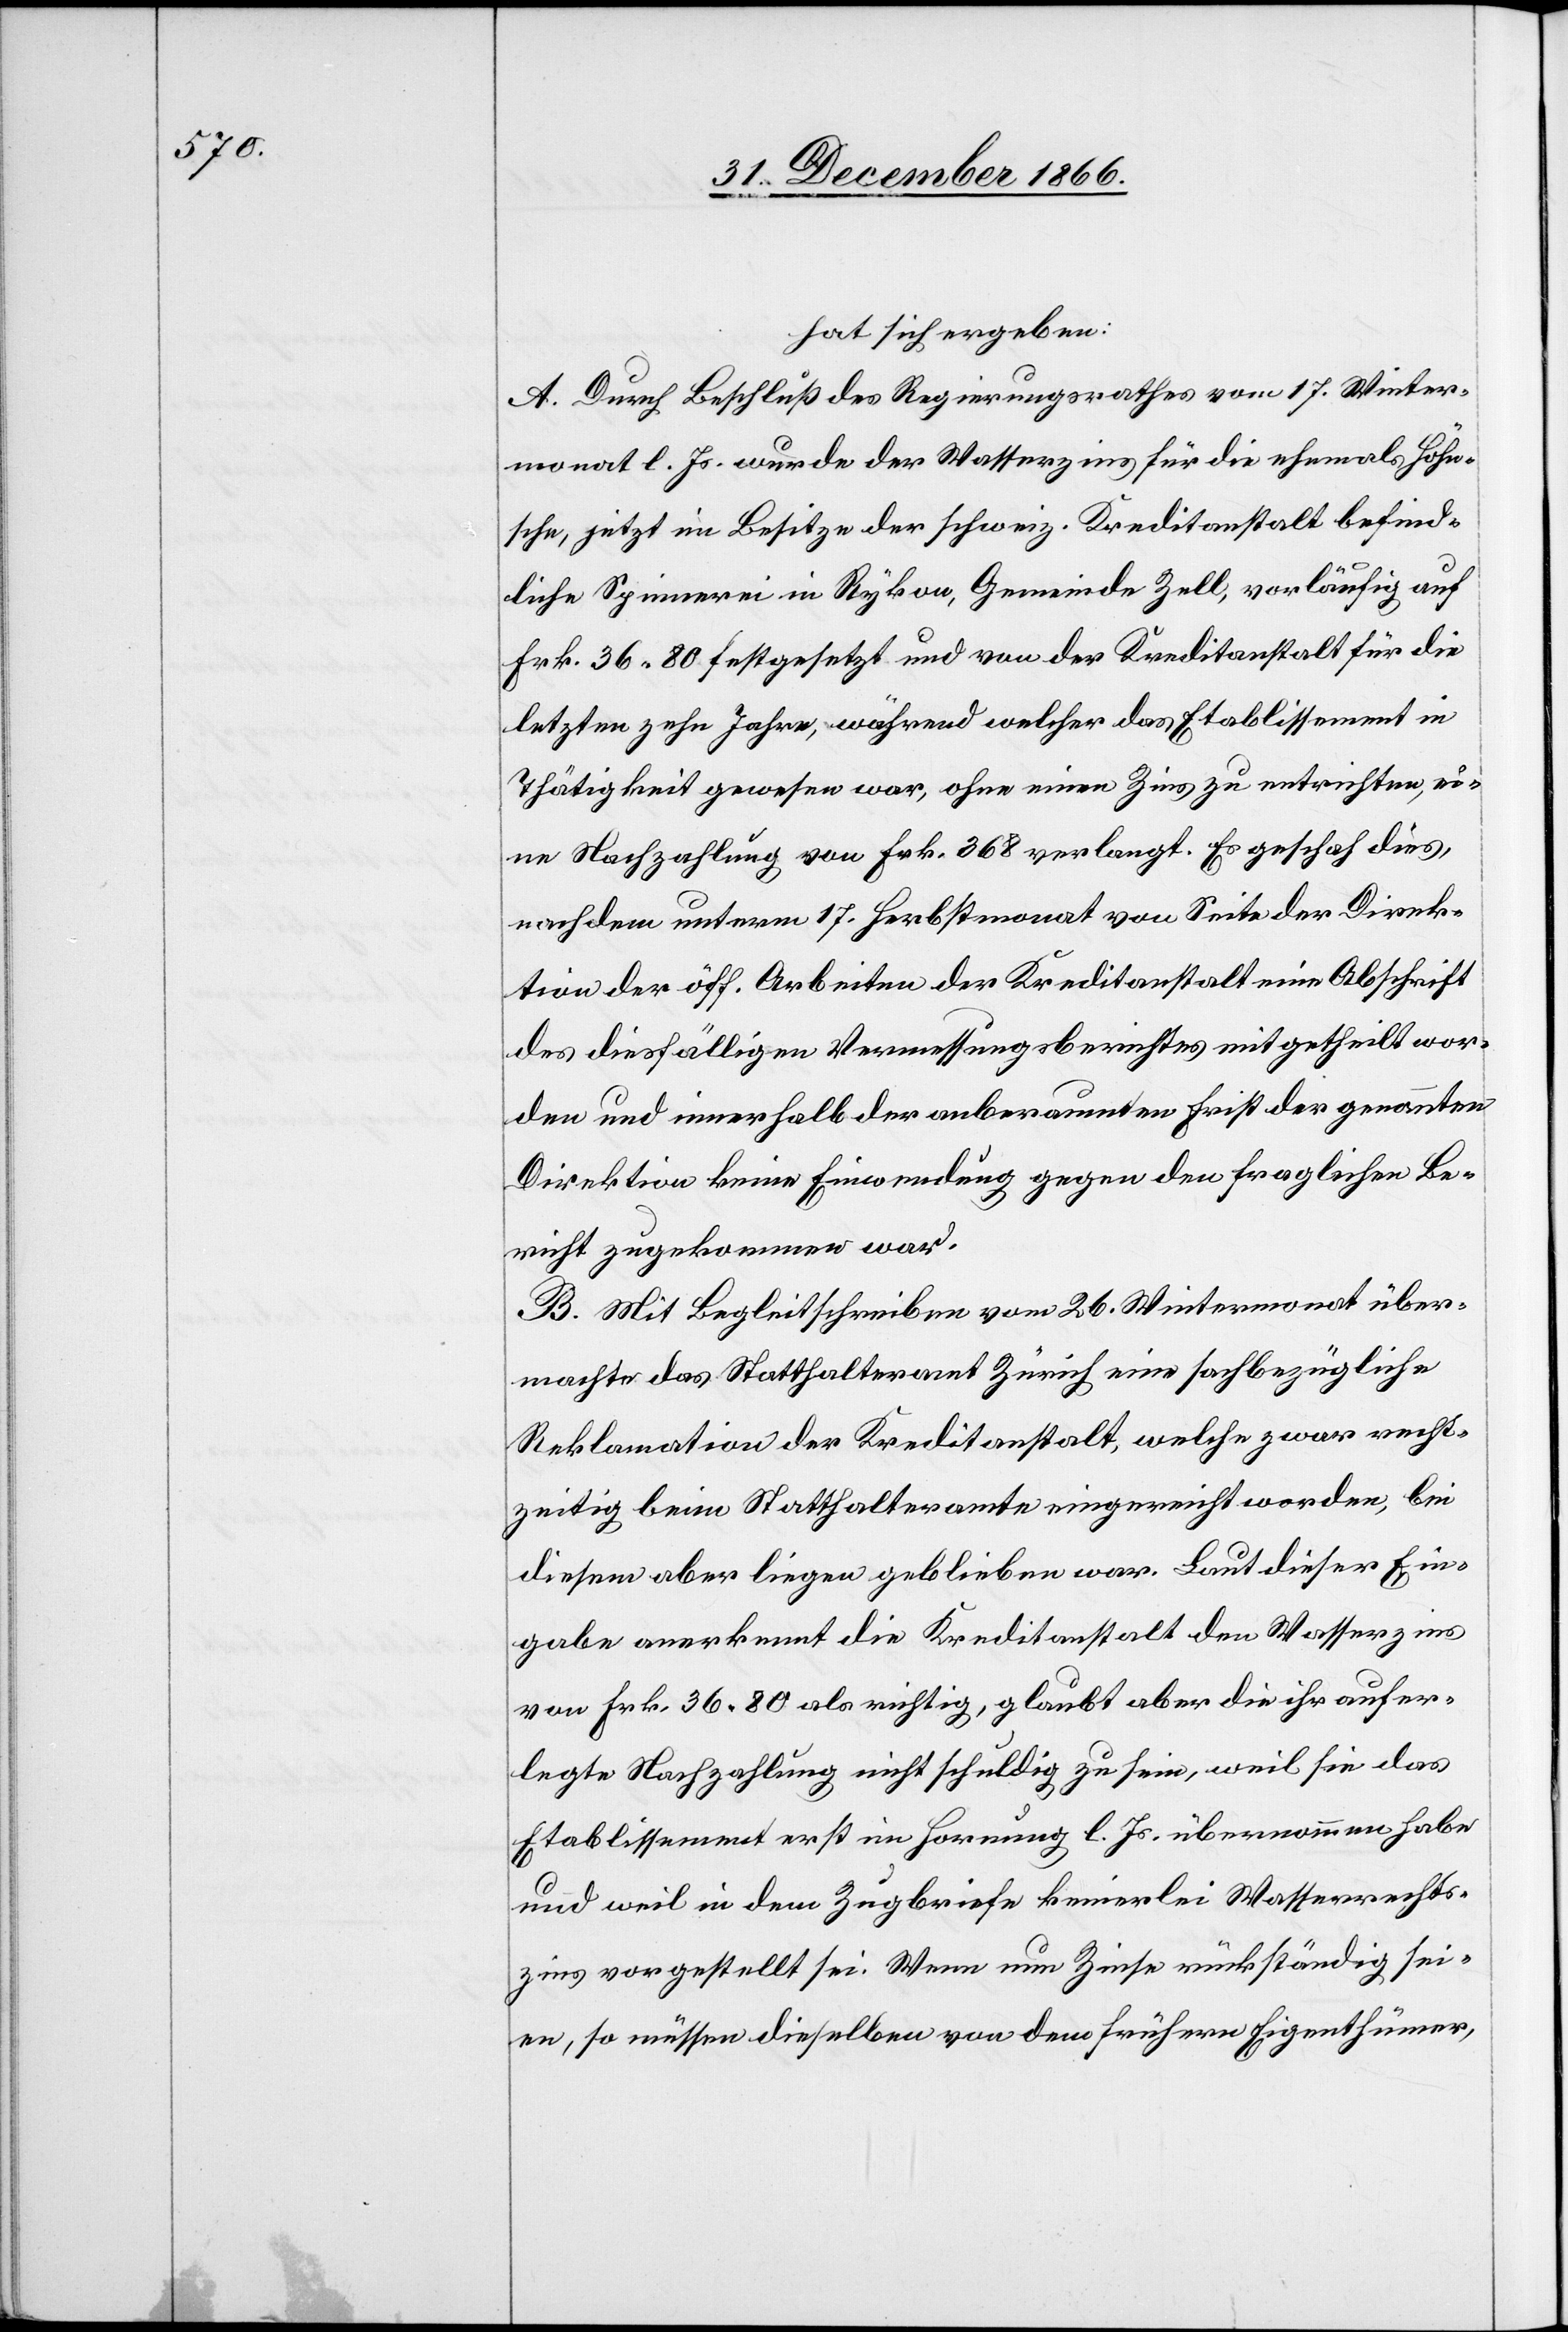
hat sich ergeben:
A. Durch Beschluß des Regierungsrathes vom 17. Winter¬
monat l. Js. wurde der Wasserzins für die ehemals Höhn¬
sche, jetzt im Besitze der schweiz. Kreditanstalt befind¬
liche Spinnerei in Rykon, Gemeinde Zell, vorläufig auf
Frk. 36.80 festgesetzt und von der Kreditanstalt für die
letzten zehn Jahre, während welcher das Etablissement in
Thätigkeit gewesen war, ohne einen Zins zu entrichten, ei¬
ne Nachzahlung von Frk. 368 verlangt. Es geschah dies,
nachdem unterm 17. Herbstmonat von Seite der Direk¬
tion der öff. Arbeiten der Kreditanstalt eine Abschrift
des diesfälligen Vermessungsberichtes mitgetheilt wor¬
den und innerhalb der anberaumten Frist der genannten
Direktion keine Einwendung gegen den fraglichen Be¬
richt zugekommen war.
B. Mit Begleitschreiben vom 26. Wintermonat über¬
machte das Statthalteramt Zürich eine sachbezügliche
Reklamation der Kreditanstalt, welche zwar recht¬
zeitig beim Statthalteramte eingereicht worden, bei
diesem aber liegen geblieben war. Laut dieser Ein¬
gabe anerkennt die Kreditanstalt den Wasserzins
von Frk. 36.80 als richtig, glaubt aber die ihr aufer¬
legte Nachzahlung nicht schuldig zu sein, weil sie das
Etablissement erst im Hornung l. Js. übernommen habe
und weil in dem Zugbriefe keinerlei Wasserrechts¬
zins vorgestellt sei. Wenn nun Zinse rückständig sei¬
en, so müssen dieselben von dem frühern Eigenthümer,